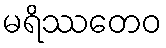
မရိဿတေဝ